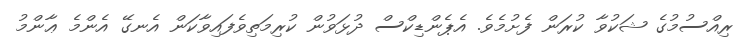
ރިއްސުމުގެ ޝަކުވާ ކުރަން ފެށުމެވެ. އެޕެންޑިކްސް ދުޅަވުން ކުރިމަތިވެފައިވާކަން އެނގޭ އެންމެ ޢާންމު